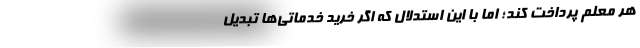
هر معلم پرداخت کند؛ اما با این استدلال که اگر خرید خدماتی‌ها تبدیل